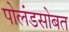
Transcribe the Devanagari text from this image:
पोलंडसोबत